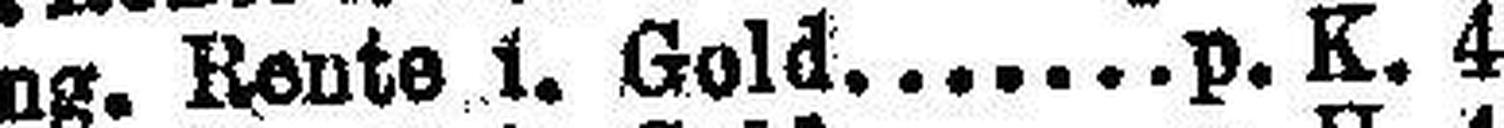
Ung. Rente 1. Gold. p. K. 4